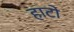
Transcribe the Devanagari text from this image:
हाटो